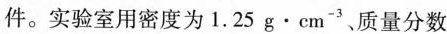
件。实验室用密度为1.25g·cm^{-3}、质量分数